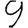
Digit: 9